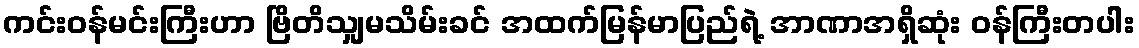
ကင်းဝန်မင်းကြီးဟာ ဗြိတိသျှမသိမ်းခင် အထက်မြန်မာပြည်ရဲ့ အာဏာအရှိဆုံး ဝန်ကြီးတပါး